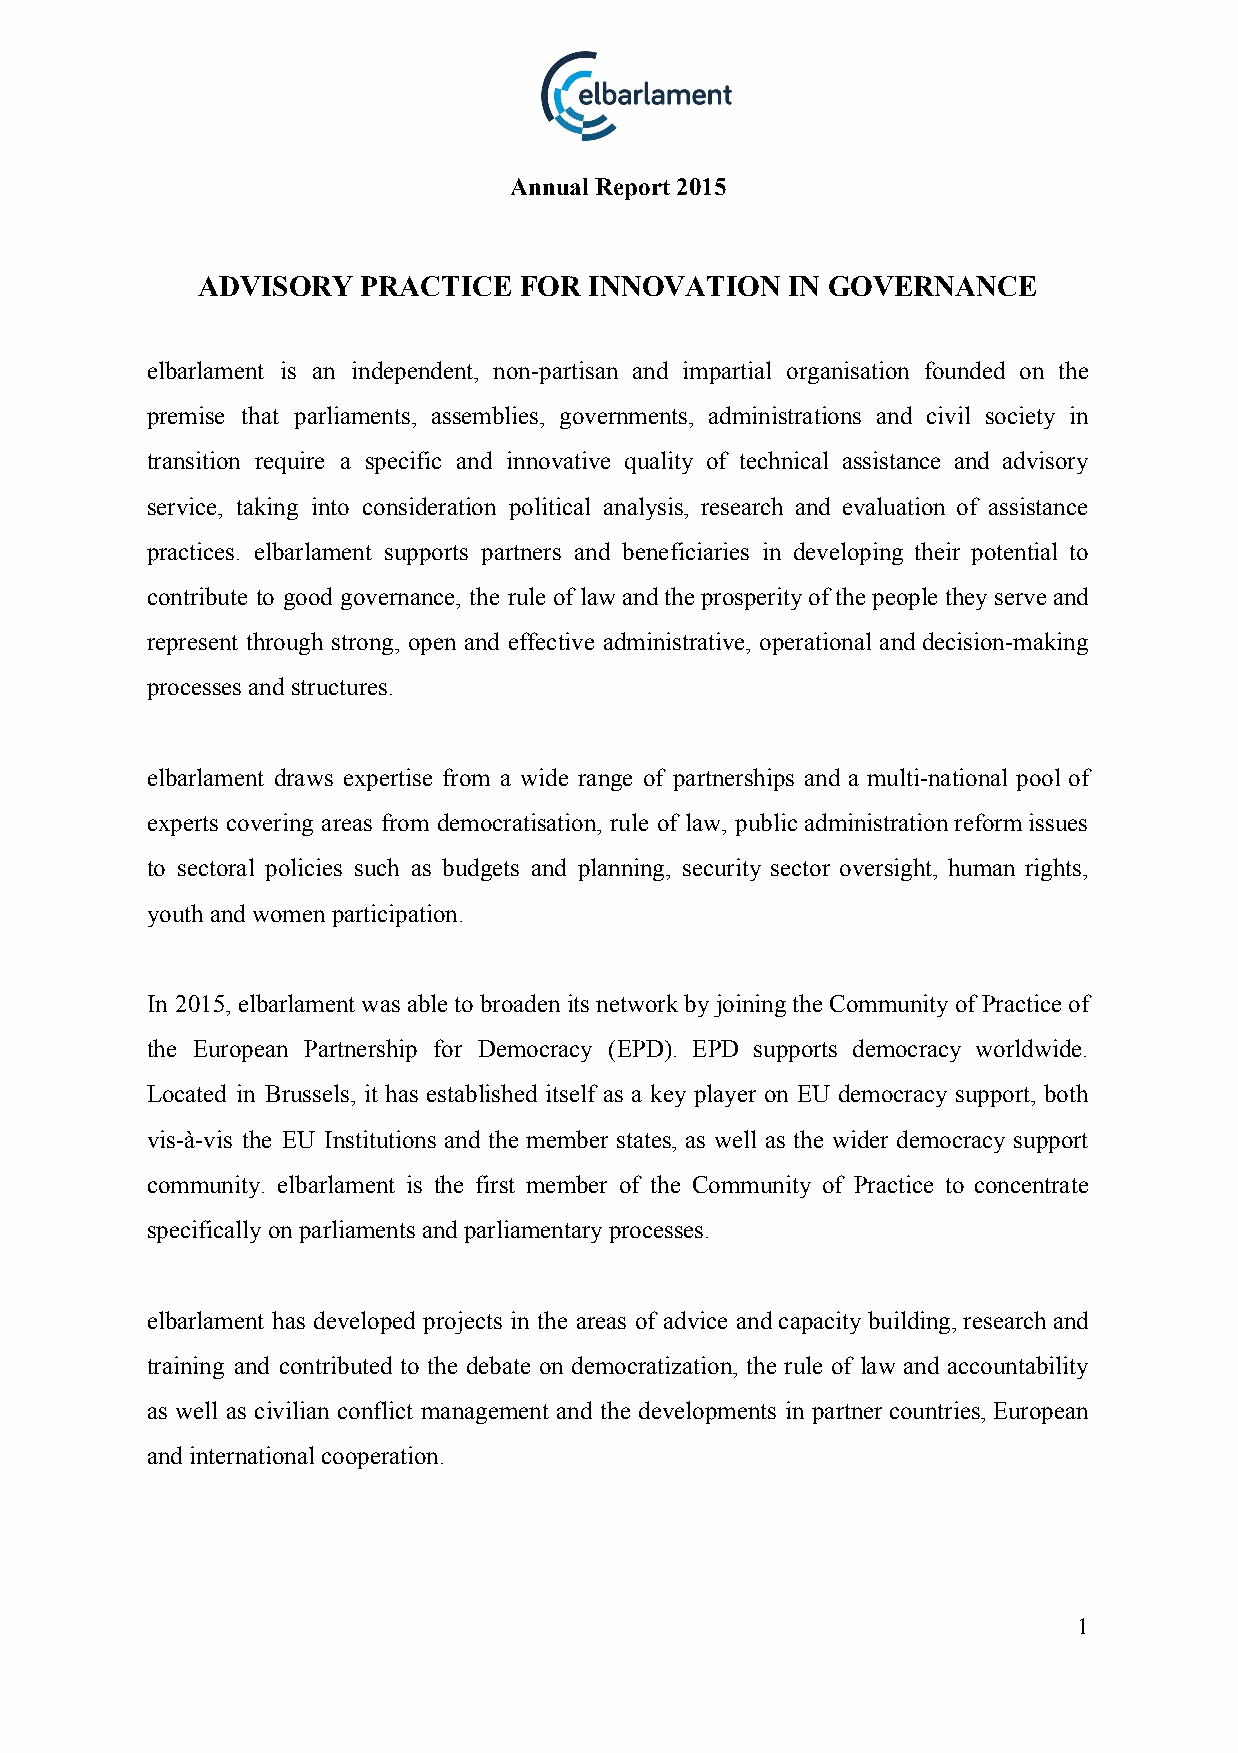
Annual Report 2015
 ADVISORY   PRACTICE  FOR  INNOVATION   IN GOVERNANCE
 elbarlament is an independent, non­partisan and impartial organisation founded on the
 premise that parliaments, assemblies, governments, administrations and civil society in
 transition require a specific and innovative quality of technical assistance and advisory
 service, taking into consideration political analysis, research and evaluation of assistance
 practices. elbarlament supports partners and beneficiaries in developing their potential to
 contribute to good governance, the rule of law and the prosperity of the people they serve and
 represent through strong, open and effective administrative, operational and decision­making
 processes and structures.
 elbarlament draws expertise from a wide range of partnerships and a multi­national pool of
 experts covering areas from democratisation, rule of law, public administration reform issues
 to sectoral policies such as budgets and planning, security sector oversight, human rights,
 youth and women participation.
 In 2015, elbarlament was able to broaden its network by joining the Community of Practice of
 the European Partnership for Democracy (EPD). EPD supports democracy worldwide.
 Located in Brussels, it has established itself as a key player on EU democracy support, both
 vis­à­vis the EU Institutions and the member states, as well as the wider democracy support
 community. elbarlament is the first member of the Community of Practice to concentrate
 specifically on parliaments and parliamentary processes.
 elbarlament has developed projects in the areas of advice and capacity building, research and
 training and contributed to the debate on democratization, the rule of law and accountability
 as well as civilian conflict management and the developments in partner countries, European
 and international cooperation.
 1